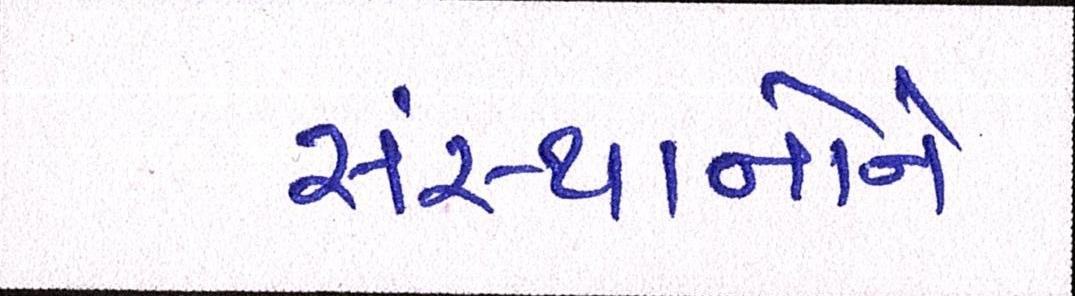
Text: સંસ્થાનોને